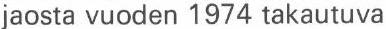
jaosta vuoden 1974 takautuva